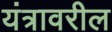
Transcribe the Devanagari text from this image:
यंत्रावरील